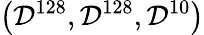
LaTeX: \left(\mathcal{D}^{128},\mathcal{D}^{128},\mathcal{D}^{10}\right)